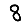
Digit: 8